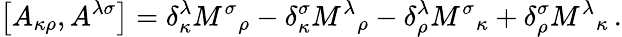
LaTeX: \left[A_{\kappa\rho},A^{\lambda\sigma}\right]=\delta_{\kappa}^{\lambda}{M^{\sigma}}_{\rho}-\delta_{\kappa}^{\sigma}{M^{\lambda}}_{\rho}-\delta_{\rho}^{\lambda}{M^{\sigma}}_{\kappa}+\delta_{\rho}^{\sigma}{M^{\lambda}}_{\kappa}\, .